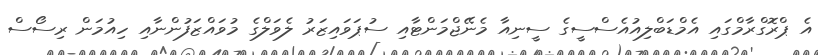
އެ ޕްރޮގްރާމްގައި އެމްޑަބްލިއުއެސްސީގެ ސީނިއާ މެނޭޖްމަންޓާއި ސުޕަވައިޒަރުު ލެވަލްގެ މުވައްޒަފުންނާއި ހިއުމަން ރިސޯސް